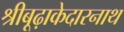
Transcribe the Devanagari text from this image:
श्रीबूढ़ाकेदारनाथ